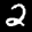
Label: 2